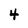
Character: 4